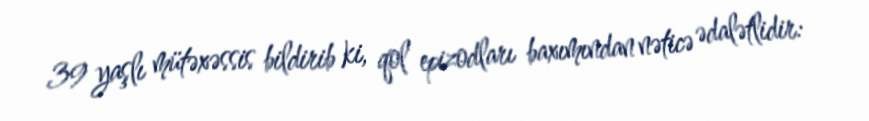
39 yaşlı mütəxəssis bildirib ki, qol epizodları baxımından nəticə ədalətlidir: